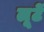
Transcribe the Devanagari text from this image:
लूटें